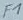
Text: F1